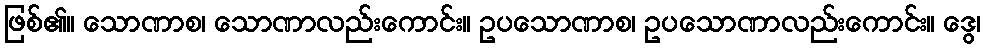
ဖြစ်၏။ သောဏာစ၊ သောဏာလည်းကောင်း။ ဥပသောဏာစ၊ ဥပသောဏာလည်းကောင်း။ ဒွေ၊